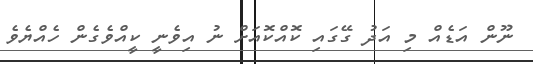
ނޫން އަޑެއް މި އަދު ގޭގައި ކޮއްކޮއަށް ނު އިވެނީ ކީއްވެގެން ހެއްޔެވެ